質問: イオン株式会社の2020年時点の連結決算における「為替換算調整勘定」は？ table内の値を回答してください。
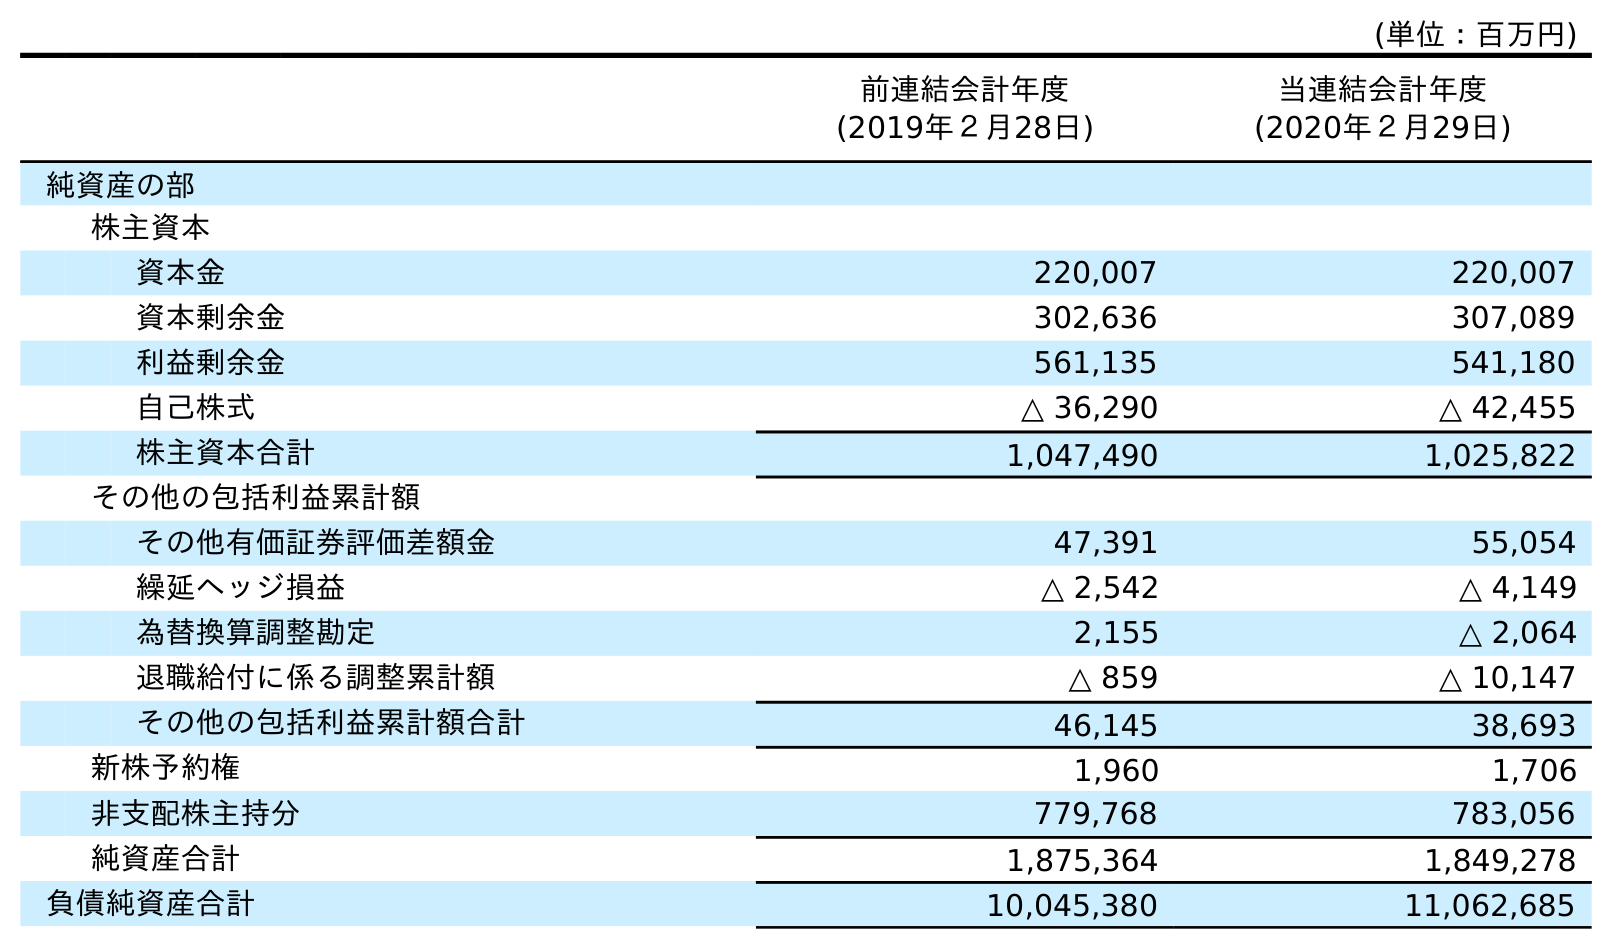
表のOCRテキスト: (単位：百万円) 前連結会計年度 (2019年２月28日) 当連結会計年度 (2020年２月29日) 純資産の部 株主資本 資本金 220,007 220,007 資本剰余金 302,636 307,089 利益剰余金 561,135 541,180 自己株式 △ 36,290 △ 42,455 株主資本合計 1,047,490 1,025,822 その他の包括利益累計額 その他有価証券評価差額金 47,391 55,054 繰延ヘッジ損益 △ 2,542 △ 4,149 為替換算調整勘定 2,155 △ 2,064 退職給付に係る調整累計額 △ 859 △ 10,147 その他の包括利益累計額合計 46,145 38,693 新株予約権 1,960 1,706 非支配株主持分 779,768 783,056 純資産合計 1,875,364 1,849,278 負債純資産合計 10,045,380 11,062,685
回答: △2,064